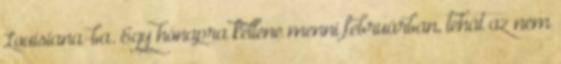
Louisiana-ba. Egy hónapra kellene menni februárban, tehát az nem